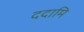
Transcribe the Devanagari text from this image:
ददामि